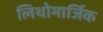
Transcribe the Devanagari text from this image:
लिथोमार्जिक